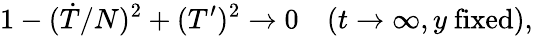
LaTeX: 1-(\dot{T}/N)^{2}+(T^{\prime})^{2}\to 0\quad(t\to\infty,y\mathrm{~fixed}),